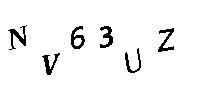
NV63UZ